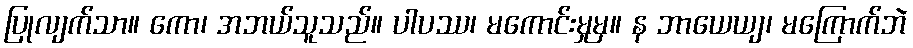
ပြုလျက်သာ။ ကော၊ အဘယ်သူသည်။ ပါပဿ၊ မကောင်းမှုမှ။ န ဘာယေယျ၊ မကြောက်ဘဲ